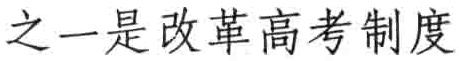
之一是改革高考制度